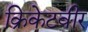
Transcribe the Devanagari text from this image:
क्रिकेटवीर